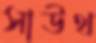
সাউথ